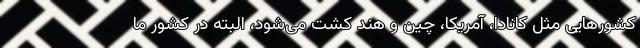
کشورهایی مثل کانادا، آمریکا، چین و هند کشت می‌شود، البته در کشور ما